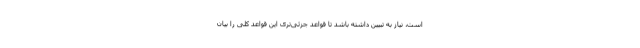
است، نیاز به تبیین داشته باشد تا قواعد جزئی‌تری این قواعد کلی را بیان